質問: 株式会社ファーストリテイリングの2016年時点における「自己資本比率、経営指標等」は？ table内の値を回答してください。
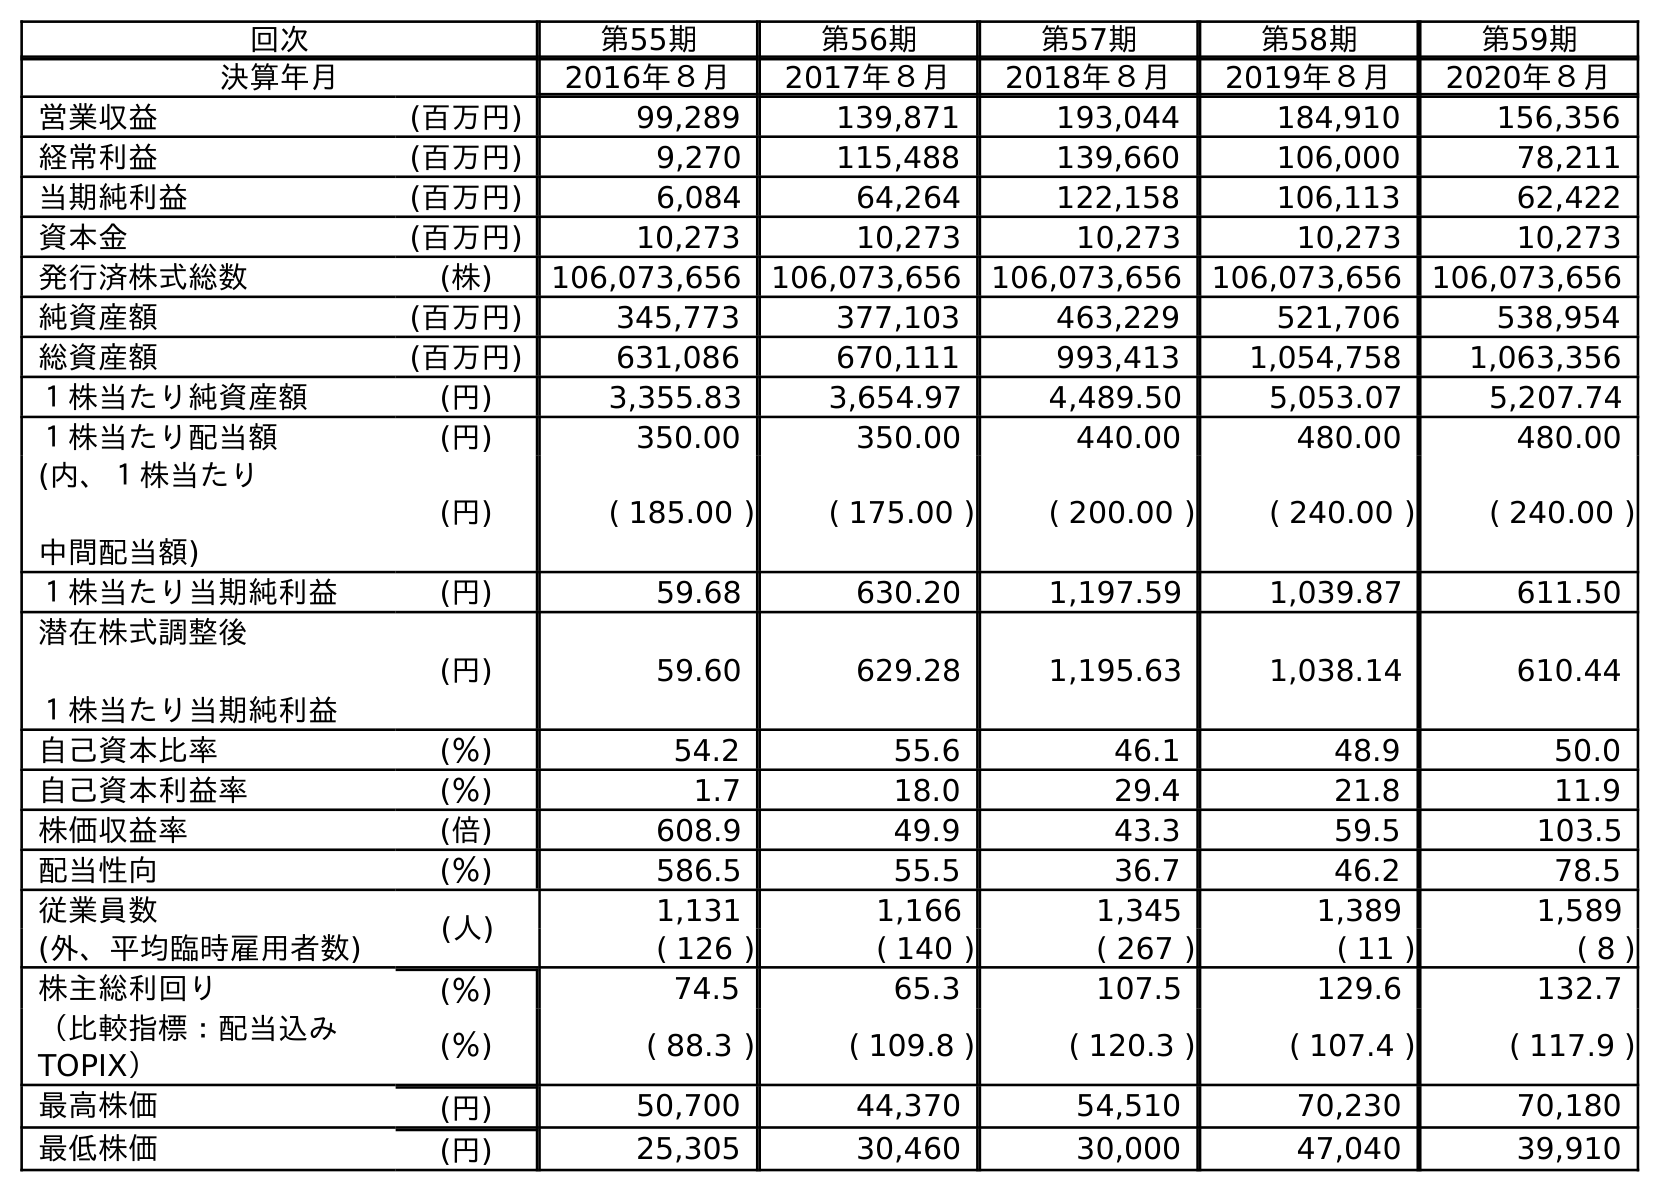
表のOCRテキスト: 回次 第55期 第56期 第57期 第58期 第59期 決算年月 2016年８月 2017年８月 2018年８月 2019年８月 2020年８月 営業収益 (百万円) 99,289 139,871 193,044 184,910 156,356 経常利益 (百万円) 9,270 115,488 139,660 106,000 78,211 当期純利益 (百万円) 6,084 64,264 122,158 106,113 62,422 資本金 (百万円) 10,273 10,273 10,273 10,273 10,273 発行済株式総数 (株) 106,073,656 106,073,656 106,073,656 106,073,656 106,073,656 純資産額 (百万円) 345,773 377,103 463,229 521,706 538,954 総資産額 (百万円) 631,086 670,111 993,413 1,054,758 1,063,356 １株当たり純資産額 (円) 3,355.83 3,654.97 4,489.50 5,053.07 5,207.74 １株当たり配当額 (円) 350.00 350.00 440.00 480.00 480.00 (内、１株当たり 中間配当額) (円) ( 185.00 ) ( 175.00 ) ( 200.00 ) ( 240.00 ) ( 240.00 ) １株当たり当期純利益 (円) 59.68 630.20 1,197.59 1,039.87 611.50 潜在株式調整後 １株当たり当期純利益 (円) 59.60 629.28 1,195.63 1,038.14 610.44 自己資本比率 (％) 54.2 55.6 46.1 48.9 50.0 自己資本利益率 (％) 1.7 18.0 29.4 21.8 11.9 株価収益率 (倍) 608.9 49.9 43.3 59.5 103.5 配当性向 (％) 586.5 55.5 36.7 46.2 78.5 従業員数 (人) 1,131 1,166 1,345 1,389 1,589 (外、平均臨時雇用者数) ( 126 ) ( 140 ) ( 267 ) ( 11 ) ( 8 ) 株主総利回り (％) 74.5 65.3 107.5 129.6 132.7 （比較指標：配当込み TOPIX） (％) ( 88.3 ) ( 109.8 ) ( 120.3 ) ( 107.4 ) ( 117.9 ) 最高株価 (円) 50,700 44,370 54,510 70,230 70,180 最低株価 (円) 25,305 30,460 30,000 47,040 39,910
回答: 54.2